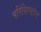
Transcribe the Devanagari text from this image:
परिशिष्टांश